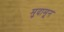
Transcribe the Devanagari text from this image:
मुदामून